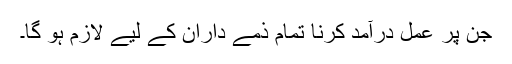
جن پر عمل درآمد کرنا تمام ذمے داران کے لیے لازم ہو گا۔